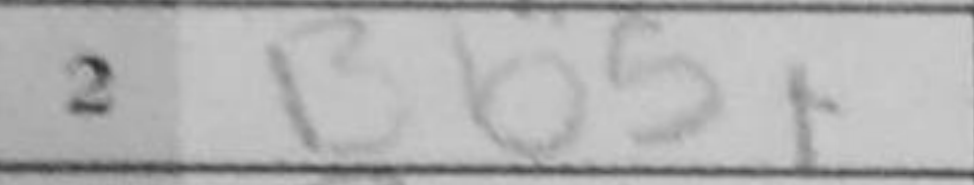
Transcription: Bb5+